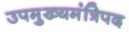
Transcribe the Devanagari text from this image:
उपमुख्यमंत्रिपद